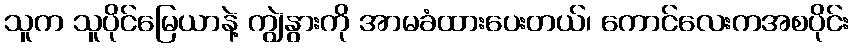
သူက သူပိုင်မြေယာနဲ့ ကျွဲနွားကို အာမခံထားပေးတယ်၊ ကောင်လေးကအစပိုင်း